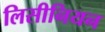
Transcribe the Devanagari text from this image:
लिसीनियन